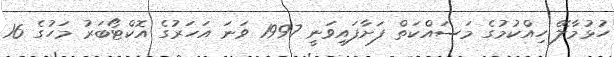
ހުޅުމާާލޭ ހިއްކުމުގެ މަސައްކަތް ފަށާފައިވަނީ 1997 ވަނަ އަހަރުގެ އޮކްޓޯބަރު މަހުގެ 16